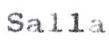
Salla